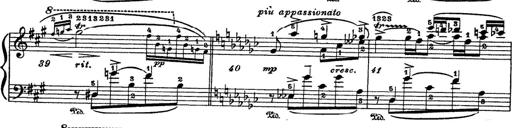
Title: 6 Polish Songs
Composer: Franz Liszt